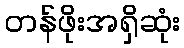
တန်ဖိုးအရှိဆုံး